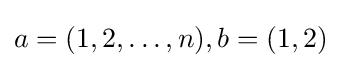
a=(1,2,\dots ,n),b=(1,2)